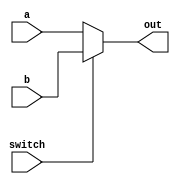
module MUX(
    input[31:0]a,
    input[31:0]b,
    input switch,
    
    output reg[31:0]out
);

always@(*) begin
    if(switch)
        out<=b;
    else 
        out<=a;
end

endmodule

module MUX_3src_5bit(
    input[4:0]a,
    input[4:0]b,
    input[4:0]c,
    input b_enable,
    input c_enable,
    
    output reg[4:0]out
);

always@(*) begin
    if(b_enable)
        out<=b;
    else if(c_enable)
        out<=c;
    else out<=a;
end

endmodule

module MUX3#(parameter WIDTH = 5)
(
    input[WIDTH-1:0]a,
    input[WIDTH-1:0]b,
    input[WIDTH-1:0]c,
    input[1:0]switch,

    output reg[WIDTH-1:0]out
);

always@(*)begin
    case(switch)
    2'b00:out<=a;
    2'b01:out<=b;
    2'b10:out<=c;
    endcase
end

endmodule